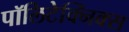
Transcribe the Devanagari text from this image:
पॉलिटेक्निक्स